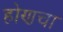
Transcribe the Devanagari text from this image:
होणचा